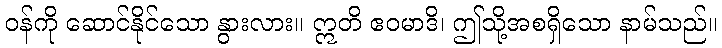
ဝန်ကို ဆောင်နိုင်သော နွားလား။ ဣတိ ဧဝမာဒိ၊ ဤသို့အစရှိသော နာမ်သည်။